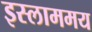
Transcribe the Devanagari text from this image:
इस्लाममय